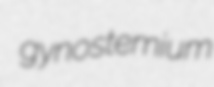
gynostemium